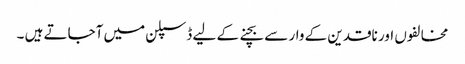
مخالفوں اور ناقدین کے وار سے بچنے کے لیے ڈسپلن میں آجاتے ہیں ۔